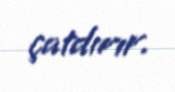
çatdırır.